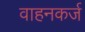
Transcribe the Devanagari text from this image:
वाहनकर्ज